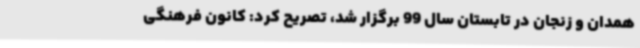
همدان و زنجان در تابستان سال 99 برگزار شد، تصریح کرد: کانون فرهنگی